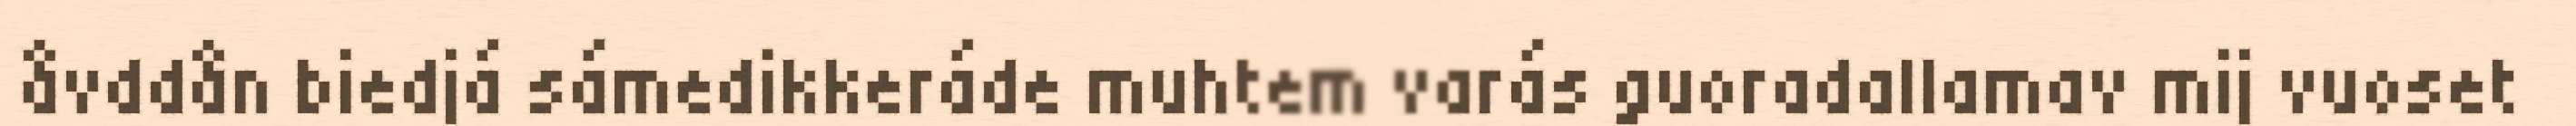
åvddån biedjá sámedikkeráde muhtem varás guoradallamav mij vuoset